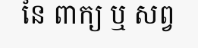
នៃ ពាក្យ ឬ សព្វ